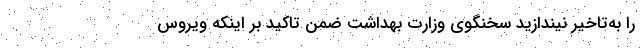
را به‌تاخیر نیندازید سخنگوی وزارت بهداشت ضمن تاکید بر اینکه ویروس